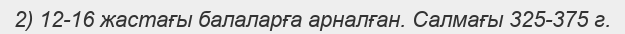
2) 12-16 жастағы балаларға арналған. Салмағы 325-375 г.